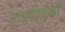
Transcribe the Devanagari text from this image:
मृत्युदिवसी